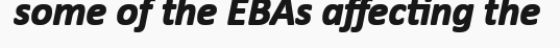
some of the EBAs affecting the